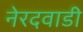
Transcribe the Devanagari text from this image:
नेरदवाडी